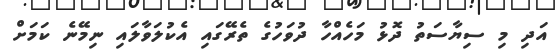
އަދި މި ސިޔާސަތު ދޮޅު މަހެއްހާ ދުވަހުގެ ތެރޭގައި އެކުލަވާލައި ނިމޭނެ ކަމަށް